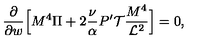
\frac { \partial } { \partial w } \Big [ M ^ { 4 } \Pi + 2 \frac { \nu } { \alpha } P ^ { \prime } { \cal T } \frac { M ^ { 4 } } { { \cal L } ^ { 2 } } \Big ] = 0 ,